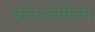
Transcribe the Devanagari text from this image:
प्रांतरचेनेला